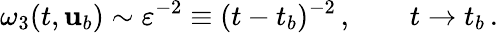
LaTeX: \omega_{3}(t,{\mathbf{u}}_{b})\sim\varepsilon^{-2}\equiv(t-t_{b})^{-2}\, ,\qquad t\to t_{b}\, .